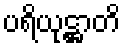
ပရိယုဋ္ဌာတိ